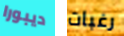
ديبورا رغبات